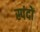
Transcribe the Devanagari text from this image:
स्‍पंदों